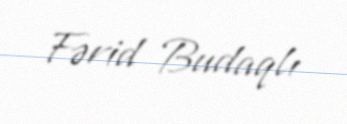
Fərid Budaqlı